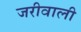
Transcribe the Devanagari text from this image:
जरीवाली